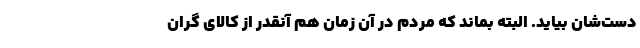
دست‌شان بیاید. البته بماند که مردم در آن زمان هم آنقدر از کالای گران